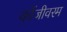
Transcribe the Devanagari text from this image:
कोंजीवरम